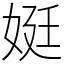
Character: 娗